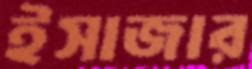
ইসাজার